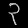
Digit: ၃